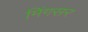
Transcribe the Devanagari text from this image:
मिंगसर